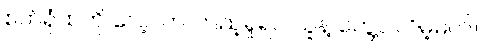
စက်ရုံထဲကို လေ့လာ ကြည့်ရှုရင် သူနဲ့ တွေ့ပါလိမ့်မယ်။